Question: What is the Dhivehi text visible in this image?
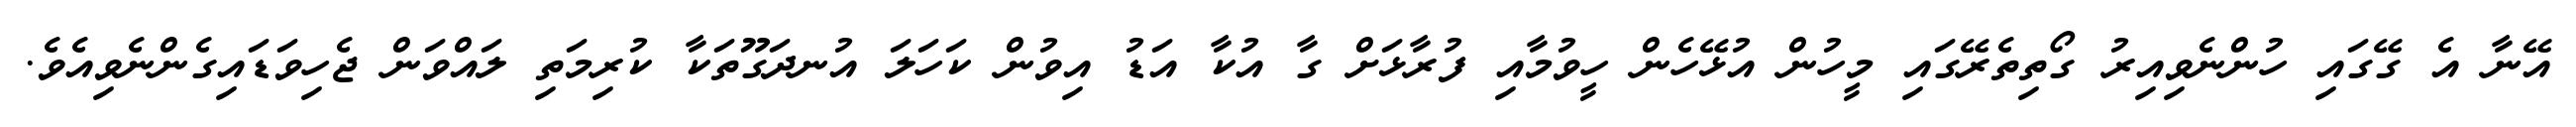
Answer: އޭނާ އެ ގޭގައި ހުންނެވިއިރު ގޯތިތެރޭގައި މީހުން އުޅޭހެން ހީވުމާއި ފުރާޅަށް ގާ އުކާ އަޑު އިވުން ކަހަލަ އުނދަގޫތަކާ ކުރިމަތި ލައްވަން ޖެހިވަޑައިގެންނެވިއެވެ.